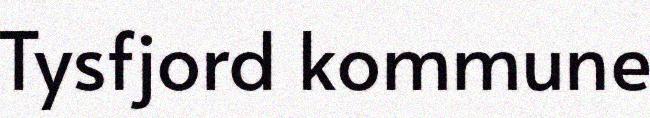
Tysfjord kommune